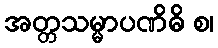
အတ္တသမ္မာပဏိဓိ စ၊